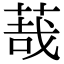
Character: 𦳦